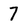
Character: 7